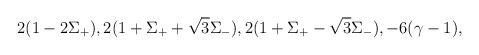
LaTeX: \begin{align*}2(1 - 2\Sigma_+), 2(1 + \Sigma_+ + \sqrt{3}\Sigma_-), 2(1 + \Sigma_+ - \sqrt{3}\Sigma_-), -6(\gamma -1),\end{align*}